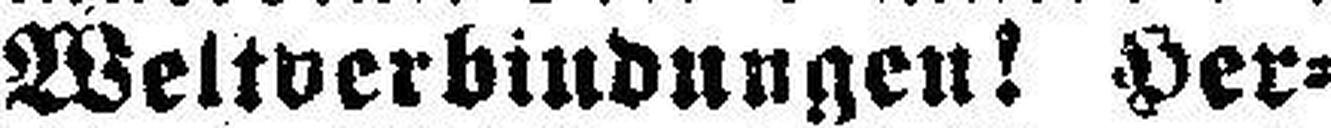
Weltverbindungen! Her¬